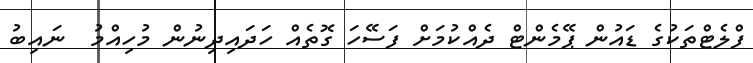
ފްލެޓްތަކުގެ ޑައުން ޕޭމެންޓް ދެއްކުމަށް ފަސޭހަ ގޮތެއް ހަދައިދިނުން މުހިއްމު  ނައިބު